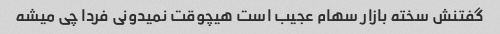
گفتنش سخته بازار سهام عجیب است هیچوقت نمیدونی فردا چی میشه